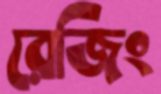
রেজিং